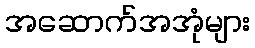
အဆောက်အအုံများ